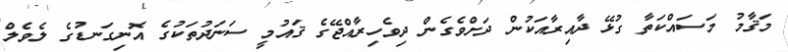
މަޤާމު މަސައްކަތާ ގުޅޭ ދާއިރާއަކުން ދަށްވެގެން ދިވެހިރާއްޖޭގެ ޤައުމީ ސަނަދުތަކުގެ އޮނިގަނޑުގެ ލެވެލް